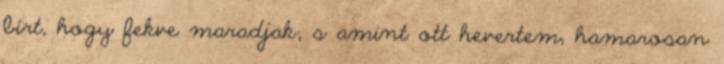
bírt, hogy fekve maradjak; s amint ott hevertem, hamarosan